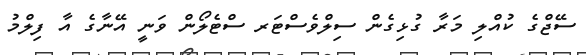
ސޭޖްގެ ކުއްލި މަރާ ގުޅިގެން ސިލްވެސްޓަރ ސްޓެލޯން ވަނީ އޭނާގެ އާ ފިލްމު